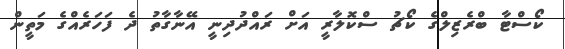
ކޯސްޓާ ބްރެޒިލްގެ ކޯޗު ސްކޮލާރީ އަށް ރައްދުދިނީ އޭނާގާތު ދެ ފަހަރެއްގެ މަތީން